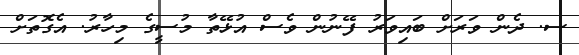
ސ. ދެން ވަރަށް ބައިވަރު ފޭނުން ވެސް އުޅޭތާ މުސީގެ މިހާރު. އެގޮތަށް